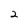
Character: 2